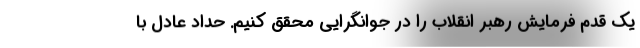
یک قدم فرمایش رهبر انقلاب را در جوانگرایی محقق کنیم. حداد عادل با